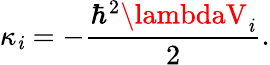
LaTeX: \kappa_{\mathit{i}}=-\frac{{\hbar^{2}\lambdaV_{\mathit{i}}}}{{2}}.